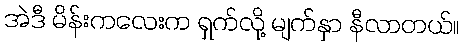
အဲဒီ မိန်းကလေးက ရှက်လို့ မျက်နှာ နီလာတယ်။